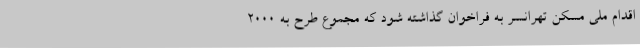
اقدام ملی مسکن تهرانسر به فراخوان گذاشته شود که مجموع طرح به ۲۰۰۰